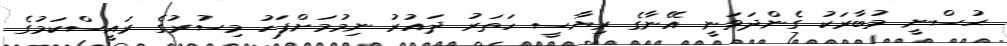
ޙުސްނީ މުބާރަކު ގެންދަވަނީ އޭނާގެ ރިޔާސީ ހަތަރު ދައުރު ނިމުމަށްފަހު މިސުރުގެ ރައީސްކަމުގެ